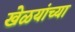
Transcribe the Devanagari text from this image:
खेळयांच्या